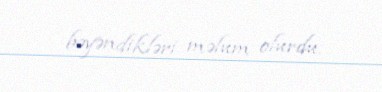
bəyəndikləri məlum olurdu.